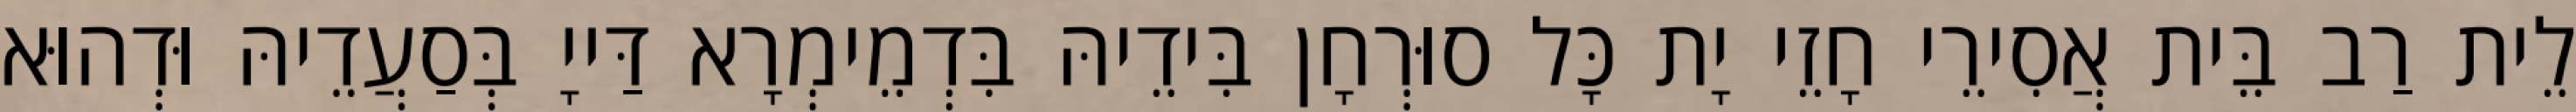
לֵית רַב בֵּית אֲסִירֵי חָזֵי יָת כָּל סוּרְחָן בִּידֵיהּ בִּדְמֵימְרָא דַּייָ בְּסַעֲדֵיהּ וּדְהוּא